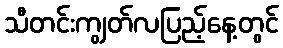
သီတင်းကျွတ်လပြည့်နေ့တွင်